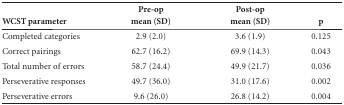
<table><thead><tr><td><b>WCST parameter</b></td><td><b>Pre-opmean (SD)</b></td><td><b>Post-opmean (SD)</b></td><td><b>p</b></td></tr></thead><tbody><tr><td>Completed categories</td><td>2.9 (2.0)</td><td>3.6 (1.9)</td><td>0.125</td></tr><tr><td>Correct pairings</td><td>62.7 (16.2)</td><td>69.9 (14.3)</td><td>0.043</td></tr><tr><td>Total number of errors</td><td>58.7 (24.4)</td><td>49.9 (21.7)</td><td>0.036</td></tr><tr><td>Perseverative responses</td><td>49.7 (36.0)</td><td>31.0 (17.6)</td><td>0.002</td></tr><tr><td>Perseverative errors</td><td>9.6 (26.0)</td><td>26.8 (14.2)</td><td>0.004</td></tr></tbody></table>